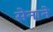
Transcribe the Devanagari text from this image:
सेनाने